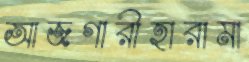
আজগারীহারামা